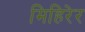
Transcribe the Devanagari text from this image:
मिहिरेर